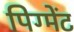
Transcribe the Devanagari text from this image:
पिग्मेंट